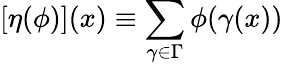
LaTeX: [\eta({\phi})](x)\equiv\sum_{\gamma\in\Gamma}\phi(\gamma(x))